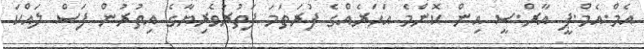
އެމް.އެމް.ޕީ އާރް.ސީ އިން ކޮންމެ އަހަރެއްގެ ފުރަތަމަ ފަތުރުވެރިޔާގެ އިތުރުން ފަސް ލައްކަ